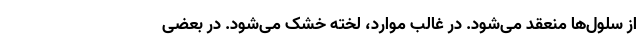
از سلول‌ها منعقد می‌شود. در غالب موارد، لخته خشک می‌شود. در بعضی